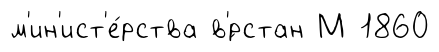
м'ин'ист'е́рства в'́рстан М 1860